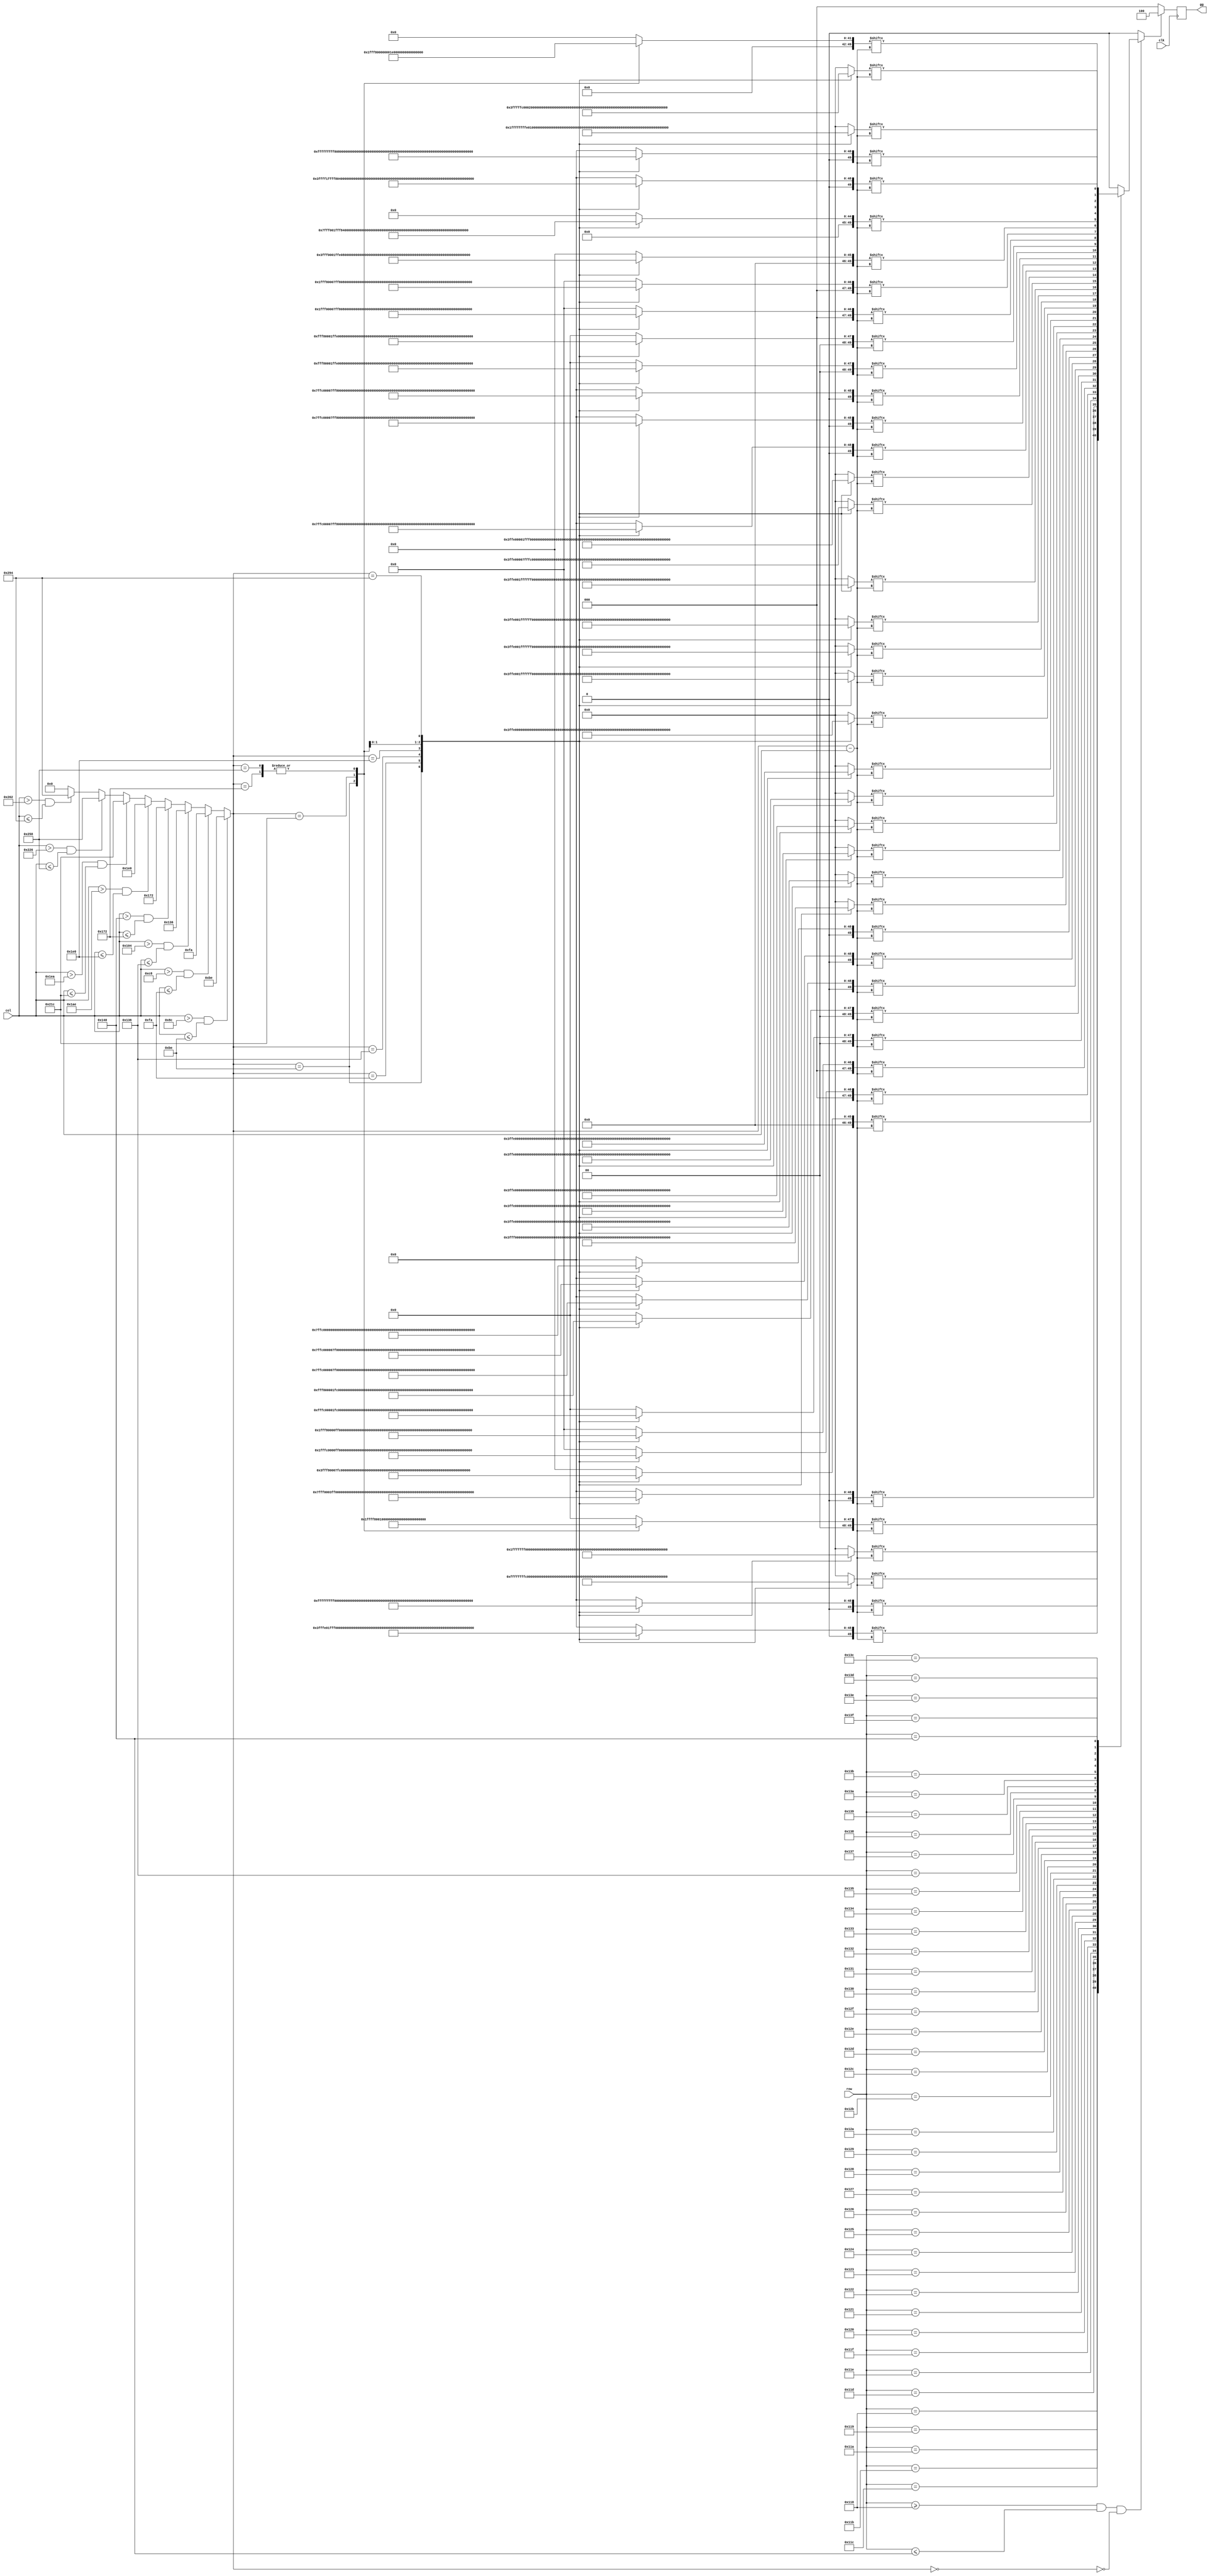
`timescale 1ns / 1ps
//////////////////////////////////////////////////////////////////////////////////
// Company: 
// Engineer: 
// 
// Design Name: 
// Module Name:    GAMEOVER 
// Project Name: 
// Target Devices: 
// Tool versions: 
// Description: 
//
// Dependencies: 
//
// Revision: 
// Revision 0.01 - File Created
// Additional Comments: 
//
//////////////////////////////////////////////////////////////////////////////////
module GAMEOVER(clk,col,row,gg
    );
input clk;
input [10:0]col,row;
output reg [2:0]gg;
reg [49:0]line1,line2,line3,line4,line5,line6,line7,line8,line9,line10,line11,line12,line13,line14,line15,line16,line17,line18,line19,line20
,line21,line22,line23,line24,line25,line26,line27,line28,line29,line30,line31,line32,line33,line34,line35,line36,line37,line38,line39,line40,line41;
reg [9:0] col_e;
reg flag;

always@(*)begin
	if(col > 140 & col <=190) col_e = 190; 
	else if(col > 200 & col <=250) col_e = 250;
	else if(col > 260 & col <=310) col_e = 310;
	else if(col > 320 & col <=370) col_e = 370;
	else if(col > 430 & col <=480) col_e = 480;
	else if(col > 490 & col <=540) col_e = 540;
	else if(col > 550 & col <=600) col_e = 600;
	else if(col > 610 & col <=660) col_e = 660;
	else col_e = 0;
end



always@(*)begin
	case (col_e)
		190:begin 
			line1  = 50'b00000000000000000111111111111111111000000000000000;
			line2  = 50'b00000000000001111111111111111111111111111100000000;
			line3  = 50'b00000000001111111111111111111111111111111111000000;
			line4  = 50'b00000000111111111111111111111111111111111111000000;
			line5  = 50'b00000011111111111111111000000001111111111111000000;
			line6  = 50'b00000111111111111111000000000000001111111111000000;
			line7  = 50'b00001111111111111110000000000000000111111111000000;
			line8  = 50'b00011111111111111100000000000000000011111111000000;
			line9  = 50'b00011111111111111000000000000000000011111111000000;
			line10 = 50'b00111111111111110000000000000000000001111111000000;
			line11 = 50'b00111111111111100000000000000000000001111111000000;
			line12 = 50'b01111111111111000000000000000000000001111111000000;
			line13 = 50'b01111111111111000000000000000000000001111111000000;
			line14 = 50'b01111111111111000000000000000000000000000000000000;
			line15 = 50'b11111111111111000000000000000000000000000000000000;
			line16 = 50'b11111111111110000000000000000000000000000000000000;
			line17 = 50'b11111111111110000000000000000000000000000000000000;
			line18 = 50'b11111111111110000000000000000000000000000000000000;
			line19 = 50'b11111111111110000000000000000000000000000000000000;
			line20 = 50'b11111111111110000000000000000000000000000000000000;
			line21 = 50'b11111111111110000000000000000000000000000000000000;
			line22 = 50'b11111111111110000000000001111111111111111111111111;
			line23 = 50'b11111111111110000000000001111111111111111111111111;
			line24 = 50'b11111111111110000000000001111111111111111111111111;
			line25 = 50'b11111111111110000000000001111111111111111111111111;
			line26 = 50'b11111111111110000000000000000001111111111111111100;
			line27 = 50'b11111111111110000000000000000000011111111111110000;
			line28 = 50'b01111111111111000000000000000000011111111111100000;
			line29 = 50'b01111111111111000000000000000000011111111111100000;
			line30 = 50'b01111111111111000000000000000000011111111111100000;
			line31 = 50'b00111111111111100000000000000000011111111111100000;
			line32 = 50'b00111111111111100000000000000000011111111111100000;
			line33 = 50'b00011111111111110000000000000000011111111111100000;
			line34 = 50'b00011111111111111000000000000000011111111111100000;
			line35 = 50'b00001111111111111100000000000000011111111111100000;
			line36 = 50'b00000111111111111111000000000001111111111111100000;
			line37 = 50'b00000011111111111111111100011111111111111111100000;
			line38 = 50'b00000000111111111111111111111111111111111111100000;
			line39 = 50'b00000000011111111111111111111111111111111111100000;
			line40 = 50'b00000000000011111111111111111111111100000000000000;
			line41 = 50'b00000000000000000111111111111110000000000000000000;
		end
		250:begin 
			line1  = 50'b00000000000000000000000000000000000000000000000000;
			line2  = 50'b00000000000000000001111111111110000000000000000000;
			line3  = 50'b00000000000000000001111111111111000000000000000000;
			line4  = 50'b00000000000000000011111111111111000000000000000000;
			line5  = 50'b00000000000000000011111111111111100000000000000000;
			line6  = 50'b00000000000000000111111111111111100000000000000000;
			line7  = 50'b00000000000000000111111111111111100000000000000000;
			line8  = 50'b00000000000000001111111111111111110000000000000000;
			line9  = 50'b00000000000000001111111111111111110000000000000000;
			line10 = 50'b00000000000000001111111111111111111000000000000000;
			line11 = 50'b00000000000000011111111111111111111000000000000000;
			line12 = 50'b00000000000000011111111111111111111000000000000000;
			line13 = 50'b00000000000000011111111111111111111100000000000000;
			line14 = 50'b00000000000000111111111111111111111100000000000000;
			line15 = 50'b00000000000000111111111111111111111110000000000000;
			line16 = 50'b00000000000001111111111111111111111110000000000000;
			line17 = 50'b00000000000001111111111100111111111111000000000000;
			line18 = 50'b00000000000011111111111100111111111111000000000000;
			line19 = 50'b00000000000011111111111100111111111111100000000000;
			line20 = 50'b00000000000011111111111100011111111111100000000000;
			line21 = 50'b00000000000111111111111000011111111111100000000000;
			line22 = 50'b00000000000111111111111000001111111111110000000000;
			line23 = 50'b00000000001111111111110000001111111111110000000000;
			line24 = 50'b00000000001111111111110000001111111111110000000000;
			line25 = 50'b00000000001111111111110000000111111111111000000000;
			line26 = 50'b00000000011111111111100000000111111111111000000000;
			line27 = 50'b00000000011111111111111111111111111111111100000000;
			line28 = 50'b00000000111111111111111111111111111111111100000000;
			line29 = 50'b00000000111111111111111111111111111111111100000000;
			line30 = 50'b00000000111111111111111111111111111111111110000000;
			line31 = 50'b00000001111111111111111111111111111111111110000000;
			line32 = 50'b00000001111111111111111111111111111111111111000000;
			line33 = 50'b00000011111111111111111111111111111111111111000000;
			line34 = 50'b00000011111111111111111111111111111111111111100000;
			line35 = 50'b00000111111111111100000000000000111111111111100000;
			line36 = 50'b00000111111111111100000000000000111111111111100000;
			line37 = 50'b00000111111111111000000000000000011111111111110000;
			line38 = 50'b00001111111111111000000000000000011111111111110000;
			line39 = 50'b00001111111111111000000000000000001111111111111000;
			line40 = 50'b00011111111111110000000000000000001111111111111000;
			line41 = 50'b00000000000000000000000000000000000000000000000000;
		end
		310:begin 
			line1  = 50'b00000000000000000000000000000000000000000000000000;
			line2  = 50'b11111111111110000000000000000000000001111111111111;
			line3  = 50'b11111111111110000000000000000000000001111111111111;
			line4  = 50'b00001111111111000000000000000000000011111111111100;
			line5  = 50'b00000111111111100000000000000000000011111111110000;
			line6  = 50'b00000111111111100000000000000000000111111111100000;
			line7  = 50'b00000011111111110000000000000000000111111111100000;
			line8  = 50'b00000011111111110000000000000000001111111111100000;
			line9  = 50'b00000011111111110000000000000000001111111111100000;
			line10 = 50'b00000011111111111000000000000000001111111111100000;
			line11 = 50'b00000011111111111000000000000000011111111111100000;
			line12 = 50'b00000011111111111000000000000000011110111111100000;
			line13 = 50'b00000011111111111100000000000000111110111111100000;
			line14 = 50'b00000011111111111100000000000000111100111111100000;
			line15 = 50'b00000011110111111110000000000001111100111111100000;
			line16 = 50'b00000011110111111110000000000001111000111111100000;
			line17 = 50'b00000011110011111111000000000001111000111111100000;
			line18 = 50'b00000011110011111111000000000011110000111111100000;
			line19 = 50'b00000011110001111111100000000011110000111111100000;
			line20 = 50'b00000011110001111111100000000111110000111111100000;
			line21 = 50'b00000011110000111111110000000111100000111111100000;
			line22 = 50'b00000011110000111111110000001111100000111111100000;
			line23 = 50'b00000011110000011111111000001111000000111111100000;
			line24 = 50'b00000011110000011111111000011111000000111111100000;
			line25 = 50'b00000011110000001111111100011110000000111111100000;
			line26 = 50'b00000011110000001111111100111110000000111111100000;
			line27 = 50'b00000011110000000111111110111110000000111111100000;
			line28 = 50'b00000011110000000111111110111100000000111111100000;
			line29 = 50'b00000011110000000011111111111100000000111111100000;
			line30 = 50'b00000011110000000011111111111000000000111111100000;
			line31 = 50'b00000011110000000001111111111000000000111111100000;
			line32 = 50'b00000011110000000001111111110000000000111111100000;
			line33 = 50'b00000011110000000001111111110000000000111111100000;
			line34 = 50'b00000011110000000000111111110000000000111111100000;
			line35 = 50'b00000011110000000000111111100000000000111111100000;
			line36 = 50'b00000111110000000000011111000000000000111111100000;
			line37 = 50'b00001111111000000000011111000000000001111111110000;
			line38 = 50'b01111111111111000000001110000000001111111111111110;
			line39 = 50'b11111111111111100000001110000000011111111111111111;
			line40 = 50'b11111111111111100000000100000000011111111111111111;
			line41 = 50'b00000000000000000000000000000000000000000000000000;
		end
		370:begin 
			line1  = 50'b00000000111111111111111111111111111111111000000000;
			line2  = 50'b00000000111111111111111111111111111111111000000000;
			line3  = 50'b00000000111111111111111111111111111111111000000000;
			line4  = 50'b00000000000011111111111111111111111111111000000000;
			line5  = 50'b00000000000001111111000000000000000111111000000000;
			line6  = 50'b00000000000001111111000000000000000011111000000000;
			line7  = 50'b00000000000001111111000000000000000001111000000000;
			line8  = 50'b00000000000001111111000000000000000001111000000000;
			line9  = 50'b00000000000001111111000000000000000000111000000000;
			line10 = 50'b00000000000001111111000000000000000000111000000000;
			line11 = 50'b00000000000001111111000000000000000000000000000000;
			line12 = 50'b00000000000001111111000000000000000000000000000000;
			line13 = 50'b00000000000001111111000000000000000110000000000000;
			line14 = 50'b00000000000001111111000000000000001110000000000000;
			line15 = 50'b00000000000001111111000000000000001110000000000000;
			line16 = 50'b00000000000001111111000000000000001110000000000000;
			line17 = 50'b00000000000001111111000000000000011110000000000000;
			line18 = 50'b00000000000001111111000000000000011110000000000000;
			line19 = 50'b00000000000001111111111111111111111110000000000000;
			line20 = 50'b00000000000001111111111111111111111110000000000000;
			line21 = 50'b00000000000001111111111111111111111110000000000000;
			line22 = 50'b00000000000001111111111111111111111110000000000000;
			line23 = 50'b00000000000001111111000000000000011110000000000000;
			line24 = 50'b00000000000001111111000000000000001110000000000000;
			line25 = 50'b00000000000001111111000000000000001110000000000000;
			line26 = 50'b00000000000001111111000000000000001110000000000000;
			line27 = 50'b00000000000001111111000000000000000110000000000000;
			line28 = 50'b00000000000001111111000000000000000000000000000000;
			line29 = 50'b00000000000001111111000000000000000000000000000000;
			line30 = 50'b00000000000001111111000000000000000000000111000000;
			line31 = 50'b00000000000001111111000000000000000000001111000000;
			line32 = 50'b00000000000001111111000000000000000000001110000000;
			line33 = 50'b00000000000001111111000000000000000000011110000000;
			line34 = 50'b00000000000001111111000000000000000000011110000000;
			line35 = 50'b00000000000001111111000000000000000000111110000000;
			line36 = 50'b00000000000001111111000000000000000001111100000000;
			line37 = 50'b00000000000001111111000000000000001111111100000000;
			line38 = 50'b00000000000011111111111111111111111111111100000000;
			line39 = 50'b00000000111111111111111111111111111111111100000000;
			line40 = 50'b00000000111111111111111111111111111111111000000000;
			line41 = 50'b00000000111111111111111111111111111111111000000000;
		end
		480:begin 
			line1  = 50'b00000000000000000000000000000000000000000000000000;
			line2  = 50'b00000000000000000000111111111111000000000000000000;
			line3  = 50'b00000000000000001111111111111111110000000000000000;
			line4  = 50'b00000000000000111111100000000111111100000000000000;
			line5  = 50'b00000000000011111110000000000000111111100000000000;
			line6  = 50'b00000000000111111100000000000000111111100000000000;
			line7  = 50'b00000000001111111000000000000000011111110000000000;
			line8  = 50'b00000000011111110000000000000000001111111000000000;
			line9  = 50'b00000000111111100000000000000000000111111100000000;
			line10 = 50'b00000000111111100000000000000000000011111110000000;
			line11 = 50'b00000001111111000000000000000000000011111110000000;
			line12 = 50'b00000001111111000000000000000000000011111111000000;
			line13 = 50'b00000011111111000000000000000000000001111111000000;
			line14 = 50'b00000011111111000000000000000000000001111111000000;
			line15 = 50'b00000011111111000000000000000000000001111111100000;
			line16 = 50'b00000111111110000000000000000000000001111111100000;
			line17 = 50'b00000111111110000000000000000000000001111111100000;
			line18 = 50'b00000111111110000000000000000000000001111111100000;
			line19 = 50'b00000111111110000000000000000000000001111111100000;
			line20 = 50'b00000111111110000000000000000000000001111111100000;
			line21 = 50'b00000111111110000000000000000000000001111111100000;
			line22 = 50'b00000111111110000000000000000000000001111111100000;
			line23 = 50'b00000111111110000000000000000000000001111111100000;
			line24 = 50'b00000111111110000000000000000000000001111111100000;
			line25 = 50'b00000111111110000000000000000000000001111111100000;
			line26 = 50'b00000111111110000000000000000000000001111111100000;
			line27 = 50'b00000111111111000000000000000000000001111111100000;
			line28 = 50'b00000011111111000000000000000000000001111111000000;
			line29 = 50'b00000011111111000000000000000000000011111110000000;
			line30 = 50'b00000011111111000000000000000000000011111110000000;
			line31 = 50'b00000001111111100000000000000000000011111110000000;
			line32 = 50'b00000001111111100000000000000000000111111100000000;
			line33 = 50'b00000000111111110000000000000000000111111100000000;
			line34 = 50'b00000000111111110000000000000000001111111000000000;
			line35 = 50'b00000000001111111000000000000000011111110000000000;
			line36 = 50'b00000000000111111100000000000000111111100000000000;
			line37 = 50'b00000000000011111111000000000001111111000000000000;
			line38 = 50'b00000000000000111111100000000011111110000000000000;
			line39 = 50'b00000000000000001111111111111111110000000000000000;
			line40 = 50'b00000000000000000001111111111111000000000000000000;
			line41 = 50'b00000000000000000000000000000000000000000000000000;
		end
		540:begin 
			line1  = 50'b00111111111111111111111000000000011111111111111000;
			line2  = 50'b00111111111111111111111000000000011111111111111000;
			line3  = 50'b00111111111111111111111000000000011111111111111000;
			line4  = 50'b00000111111111111111000000000000000011111111100000;
			line5  = 50'b00000011111111111110000000000000000001111110000000;
			line6  = 50'b00000001111111111110000000000000000001111100000000;
			line7  = 50'b00000000111111111110000000000000000001111100000000;
			line8  = 50'b00000000111111111110000000000000000001111000000000;
			line9  = 50'b00000000011111111111000000000000000001111000000000;
			line10 = 50'b00000000011111111111000000000000000011110000000000;
			line11 = 50'b00000000001111111111100000000000000011110000000000;
			line12 = 50'b00000000001111111111100000000000000111100000000000;
			line13 = 50'b00000000001111111111110000000000000111100000000000;
			line14 = 50'b00000000000111111111110000000000001111000000000000;
			line15 = 50'b00000000000111111111110000000000001111000000000000;
			line16 = 50'b00000000000011111111111000000000001111000000000000;
			line17 = 50'b00000000000011111111111000000000011110000000000000;
			line18 = 50'b00000000000001111111111100000000011110000000000000;
			line19 = 50'b00000000000001111111111100000000111100000000000000;
			line20 = 50'b00000000000000111111111110000000111100000000000000;
			line21 = 50'b00000000000000111111111110000000111100000000000000;
			line22 = 50'b00000000000000111111111111000001111000000000000000;
			line23 = 50'b00000000000000011111111111000001111000000000000000;
			line24 = 50'b00000000000000011111111111000011110000000000000000;
			line25 = 50'b00000000000000001111111111100011110000000000000000;
			line26 = 50'b00000000000000001111111111100111100000000000000000;
			line27 = 50'b00000000000000000111111111110111100000000000000000;
			line28 = 50'b00000000000000000111111111110111100000000000000000;
			line29 = 50'b00000000000000000011111111111111000000000000000000;
			line30 = 50'b00000000000000000011111111111111000000000000000000;
			line31 = 50'b00000000000000000011111111111110000000000000000000;
			line32 = 50'b00000000000000000001111111111110000000000000000000;
			line33 = 50'b00000000000000000001111111111100000000000000000000;
			line34 = 50'b00000000000000000000111111111100000000000000000000;
			line35 = 50'b00000000000000000000111111111100000000000000000000;
			line36 = 50'b00000000000000000000011111111000000000000000000000;
			line37 = 50'b00000000000000000000011111111000000000000000000000;
			line38 = 50'b00000000000000000000001111110000000000000000000000;
			line39 = 50'b00000000000000000000001111110000000000000000000000;
			line40 = 50'b00000000000000000000000111100000000000000000000000;
			line41 = 50'b00000000000000000000000111100000000000000000000000;
		end
		600:begin 
			line1  = 50'b00000000111111111111111111111111111111111000000000;
			line2  = 50'b00000000111111111111111111111111111111111000000000;
			line3  = 50'b00000000111111111111111111111111111111111000000000;
			line4  = 50'b00000000000011111111111111111111111111111000000000;
			line5  = 50'b00000000000001111111000000000000000111111000000000;
			line6  = 50'b00000000000001111111000000000000000011111000000000;
			line7  = 50'b00000000000001111111000000000000000001111000000000;
			line8  = 50'b00000000000001111111000000000000000001111000000000;
			line9  = 50'b00000000000001111111000000000000000000111000000000;
			line10 = 50'b00000000000001111111000000000000000000111000000000;
			line11 = 50'b00000000000001111111000000000000000000000000000000;
			line12 = 50'b00000000000001111111000000000000000000000000000000;
			line13 = 50'b00000000000001111111000000000000000110000000000000;
			line14 = 50'b00000000000001111111000000000000001110000000000000;
			line15 = 50'b00000000000001111111000000000000001110000000000000;
			line16 = 50'b00000000000001111111000000000000001110000000000000;
			line17 = 50'b00000000000001111111000000000000011110000000000000;
			line18 = 50'b00000000000001111111000000000000011110000000000000;
			line19 = 50'b00000000000001111111111111111111111110000000000000;
			line20 = 50'b00000000000001111111111111111111111110000000000000;
			line21 = 50'b00000000000001111111111111111111111110000000000000;
			line22 = 50'b00000000000001111111111111111111111110000000000000;
			line23 = 50'b00000000000001111111000000000000011110000000000000;
			line24 = 50'b00000000000001111111000000000000001110000000000000;
			line25 = 50'b00000000000001111111000000000000001110000000000000;
			line26 = 50'b00000000000001111111000000000000001110000000000000;
			line27 = 50'b00000000000001111111000000000000000110000000000000;
			line28 = 50'b00000000000001111111000000000000000000000000000000;
			line29 = 50'b00000000000001111111000000000000000000000000000000;
			line30 = 50'b00000000000001111111000000000000000000000111000000;
			line31 = 50'b00000000000001111111000000000000000000001111000000;
			line32 = 50'b00000000000001111111000000000000000000001110000000;
			line33 = 50'b00000000000001111111000000000000000000011110000000;
			line34 = 50'b00000000000001111111000000000000000000011110000000;
			line35 = 50'b00000000000001111111000000000000000000111110000000;
			line36 = 50'b00000000000001111111000000000000000001111100000000;
			line37 = 50'b00000000000001111111000000000000001111111100000000;
			line38 = 50'b00000000000011111111111111111111111111111100000000;
			line39 = 50'b00000000111111111111111111111111111111111100000000;
			line40 = 50'b00000000111111111111111111111111111111111000000000;
			line41 = 50'b00000000111111111111111111111111111111111000000000;
		end
		660:begin 
			line1  = 50'b00000000000000000000000000000000000000000000000000;
			line2  = 50'b01111111111111111111111111111111100000000000000000;
			line3  = 50'b01111111111111111111111111111111111110000000000000;
			line4  = 50'b01111111111111111111111111111111111111100000000000;
			line5  = 50'b01111111111111111111111111111111111111110000000000;
			line6  = 50'b01111111111111111111111111111111111111111000000000;
			line7  = 50'b00000001111111111110000000111111111111111000000000;
			line8  = 50'b00000001111111111110000000001111111111111100000000;
			line9  = 50'b00000001111111111110000000000111111111111100000000;
			line10 = 50'b00000001111111111110000000000111111111111100000000;
			line11 = 50'b00000001111111111110000000000111111111111100000000;
			line12 = 50'b00000001111111111110000000000111111111111100000000;
			line13 = 50'b00000001111111111110000000000111111111111100000000;
			line14 = 50'b00000001111111111110000000000111111111111100000000;
			line15 = 50'b00000001111111111110000000001111111111111000000000;
			line16 = 50'b00000001111111111110000000001111111111111000000000;
			line17 = 50'b00000001111111111110000000111111111111110000000000;
			line18 = 50'b00000001111111111110000011111111111111100000000000;
			line19 = 50'b00000001111111111111111111111111111111000000000000;
			line20 = 50'b00000001111111111111111111111111111000000000000000;
			line21 = 50'b00000001111111111111111111111110000000000000000000;
			line22 = 50'b00000001111111111111111111111111000000000000000000;
			line23 = 50'b00000001111111111111111111111111100000000000000000;
			line24 = 50'b00000001111111111111111111111111110000000000000000;
			line25 = 50'b00000001111111111110111111111111111000000000000000;
			line26 = 50'b00000001111111111110011111111111111100000000000000;
			line27 = 50'b00000001111111111110001111111111111110000000000000;
			line28 = 50'b00000001111111111110000111111111111110000000000000;
			line29 = 50'b00000001111111111110000111111111111111000000000000;
			line30 = 50'b00000001111111111110000011111111111111100000000000;
			line31 = 50'b00000001111111111110000001111111111111110000000000;
			line32 = 50'b00000001111111111110000000111111111111111000000000;
			line33 = 50'b00000001111111111110000000011111111111111100000000;
			line34 = 50'b00000001111111111110000000001111111111111100000000;
			line35 = 50'b00000001111111111110000000000111111111111111000000;
			line36 = 50'b00000111111111111111100000000111111111111111110000;
			line37 = 50'b01111111111111111111111110000011111111111111111110;
			line38 = 50'b01111111111111111111111110000001111111111111111110;
			line39 = 50'b01111111111111111111111110000001111111111111111110;
			line40 = 50'b01111111111111111111111110000000111111111111111110;
			line41 = 50'b00000000000000000000000000000000000000000000000000;
		end
		default:begin
			line1  = 0;
			line2  = 0;
			line3  = 0;
			line4  = 0;
			line5  = 0;
			line6  = 0;
			line7  = 0;
			line8  = 0;
			line9  = 0;
			line10 = 0;
			line11 = 0;
			line12 = 0;
			line13 = 0;
			line14 = 0;
			line15 = 0;
			line16 = 0;
			line17 = 0;
			line18 = 0;
			line19 = 0;
			line20 = 0;
			line21 = 0;
			line22 = 0;
			line23 = 0;
			line24 = 0;
			line25 = 0;
			line26 = 0;
			line27 = 0;
			line28 = 0;
			line29 = 0;
			line30 = 0;
			line31 = 0;
			line32 = 0;
			line33 = 0;
			line34 = 0;
			line35 = 0;
			line36 = 0;
			line37 = 0;
			line38 = 0;
			line39 = 0;
			line40 = 0;
			line41 = 0;		
		end
	endcase
end


always@(*)begin
	if(row >=280 & row <= 320 & ~(col_e==0) )begin
		case(row)
			280 : flag = line1  [col_e-col];
			281 : flag = line2  [col_e-col];
			282 : flag = line3  [col_e-col];
			283 : flag = line4  [col_e-col];
			284 : flag = line5  [col_e-col];
			285 : flag = line6  [col_e-col];
			286 : flag = line7  [col_e-col];
			287 : flag = line8  [col_e-col];
			288 : flag = line9  [col_e-col];
			289 : flag = line10 [col_e-col];
			290 : flag = line11 [col_e-col];
			291 : flag = line12 [col_e-col];
			292 : flag = line13 [col_e-col];
			293 : flag = line14 [col_e-col];
			294 : flag = line15 [col_e-col];
			295 : flag = line16 [col_e-col];
			296 : flag = line17 [col_e-col];
			297 : flag = line18 [col_e-col];
			298 : flag = line19 [col_e-col];
			299 : flag = line20 [col_e-col];
			300 : flag = line21 [col_e-col];
			301 : flag = line22 [col_e-col];
			302 : flag = line23 [col_e-col];
			303 : flag = line24 [col_e-col];
			304 : flag = line25 [col_e-col];
			305 : flag = line26 [col_e-col];
			306 : flag = line27 [col_e-col];
			307 : flag = line28 [col_e-col];
			308 : flag = line29 [col_e-col];
			309 : flag = line30 [col_e-col];
			310 : flag = line31 [col_e-col];
			311 : flag = line32 [col_e-col];
			312 : flag = line33 [col_e-col];
			313 : flag = line34 [col_e-col];
			314 : flag = line35 [col_e-col];
			315 : flag = line36 [col_e-col];
			316 : flag = line37 [col_e-col];
			317 : flag = line38 [col_e-col];
			318 : flag = line39 [col_e-col];
			319 : flag = line40 [col_e-col];
			320 : flag = line41 [col_e-col];
			default: flag = 0;
		endcase
	end
	else flag = 0;
end

always@(posedge clk)begin
	if(flag) gg <= 3'b100;
	else gg <= 3'b000;
end
	
endmodule